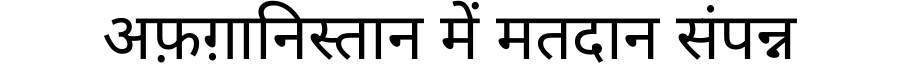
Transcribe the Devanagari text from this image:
अफ़ग़ानिस्तान में मतदान संपन्न